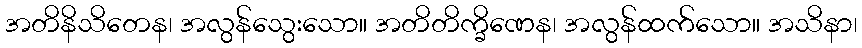
အတိနိသိတေန၊ အလွန်သွေးသော။ အတိတိက္ခိဏေန၊ အလွန်ထက်သော။ အသိနာ၊